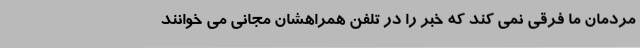
مردمان ما فرقی نمی کند که خبر را در تلفن همراهشان مجانی می خوانند